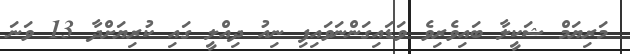
މަރިޔަމް ޝަކީލާ ބައިވެރިވެ ވަޑައިގަންނަވައިފި ނިއު ދިއްލީ ގައި ކުރިޔަށްދާ 13 ވަނަ